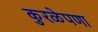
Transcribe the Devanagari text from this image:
कुरळेपणा